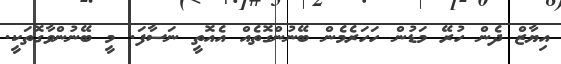
އިޔާޒް ދެން ހުރޭ މަޑުން ހަހަރެމެން ބޭނުންގޮތެއް އެއޮތީ ނަސާފަ. މީ ބޭނުންވާގޮތަކީ.